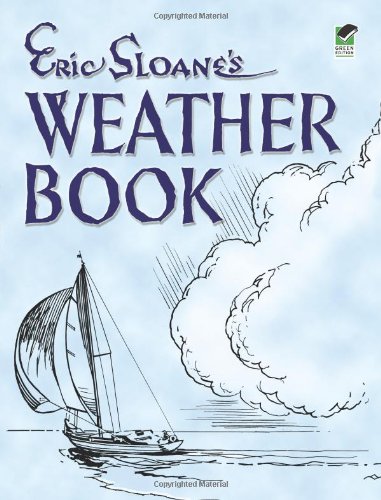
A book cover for Eric Sloane's Weather Book; Eric Sloane; Humor & Entertainment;